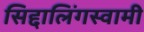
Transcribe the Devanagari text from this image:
सिद्दालिंगस्वामी